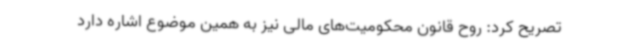
تصریح کرد: روح قانون محکومیت‌های مالی نیز به همین موضوع اشاره دارد